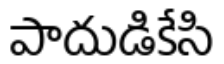
పాదుడికేసి